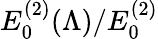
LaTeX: E_{0}^{(2)}(\Lambda)/E_{0}^{(2)}